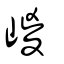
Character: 嵕